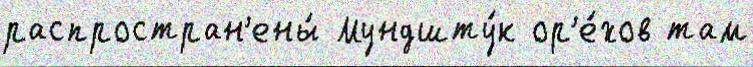
распростран'ены́ Мундшту́к ор'е́хов там